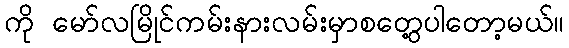
ကို မော်လမြိုင်ကမ်းနားလမ်းမှာစတွေ့ပါတော့မယ်။